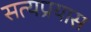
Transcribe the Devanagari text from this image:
सत्यप्रयास